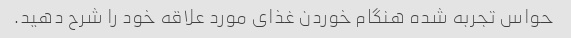
حواس تجربه شده هنگام خوردن غذای مورد علاقه خود را شرح دهید.